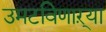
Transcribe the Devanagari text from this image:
उमटविणाऱ्या